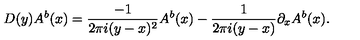
D ( y ) A ^ { b } ( x ) = { \frac { - 1 } { 2 \pi i ( y - x ) ^ { 2 } } } A ^ { b } ( x ) - { \frac { 1 } { 2 \pi i ( y - x ) } } \partial _ { x } A ^ { b } ( x ) .